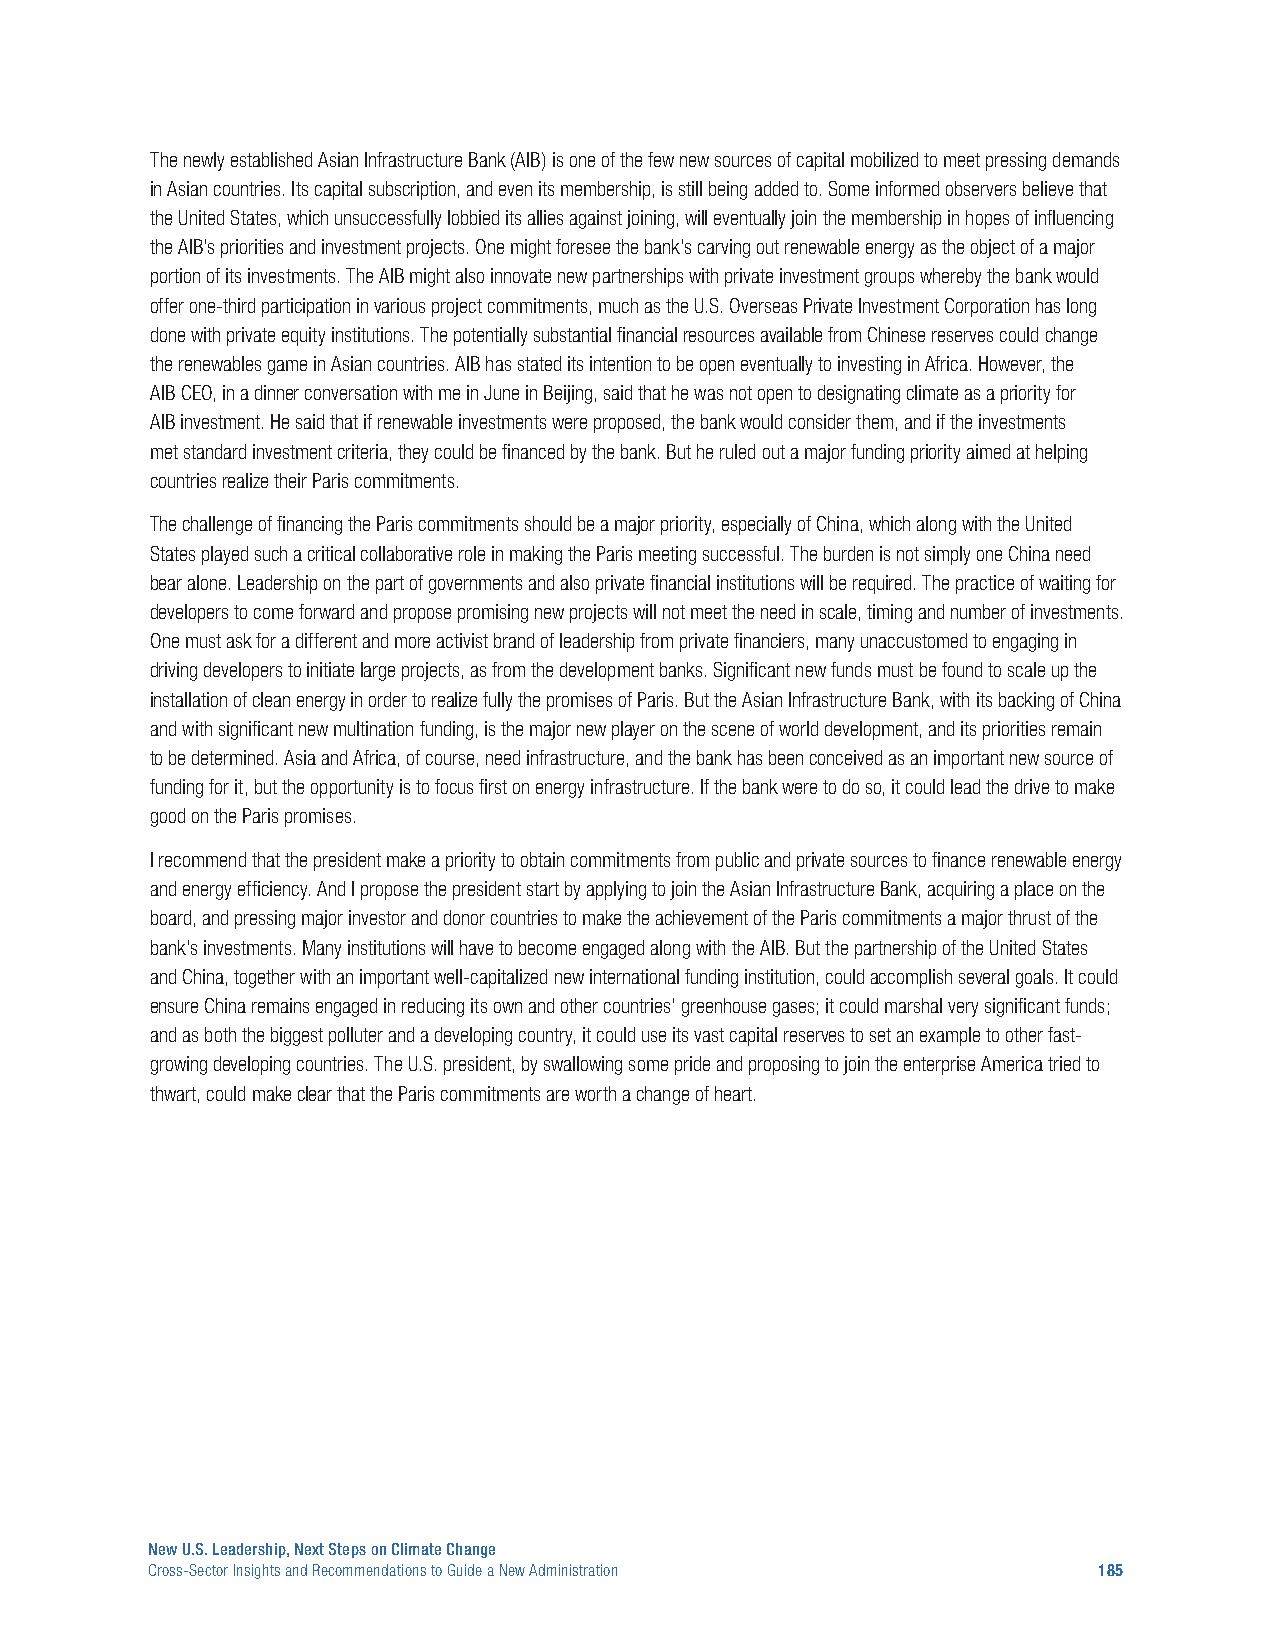
The newly established Asian Infrastructure Bank (AIB) is one of the few new sources of capital mobilized to meet pressing demands
 in Asian countries. Its capital subscription, and even its membership, is still being added to. Some informed observers believe that
 the United States, which unsuccessfully lobbied its allies against joining, will eventually join the membership in hopes of influencing
 the AIB’s priorities and investment projects. One might foresee the bank’s carving out renewable energy as the object of a major
 portion of its investments. The AIB might also innovate new partnerships with private investment groups whereby the bank would
 offer one-third participation in various project commitments, much as the U.S. Overseas Private Investment Corporation has long
 done with private equity institutions. The potentially substantial financial resources available from Chinese reserves could change
 the renewables game in Asian countries. AIB has stated its intention to be open eventually to investing in Africa. However, the
 AIB CEO, in a dinner conversation with me in June in Beijing, said that he was not open to designating climate as a priority for
 AIB investment. He said that if renewable investments were proposed, the bank would consider them, and if the investments
 met standard investment criteria, they could be financed by the bank. But he ruled out a major funding priority aimed at helping
 countries realize their Paris commitments.
 The challenge of financing the Paris commitments should be a major priority, especially of China, which along with the United
 States played such a critical collaborative role in making the Paris meeting successful. The burden is not simply one China need
 bear alone. Leadership on the part of governments and also private financial institutions will be required. The practice of waiting for
 developers to come forward and propose promising new projects will not meet the need in scale, timing and number of investments.
 One must ask for a different and more activist brand of leadership from private financiers, many unaccustomed to engaging in
 driving developers to initiate large projects, as from the development banks. Significant new funds must be found to scale up the
 installation of clean energy in order to realize fully the promises of Paris. But the Asian Infrastructure Bank, with its backing of China
 and with significant new multination funding, is the major new player on the scene of world development, and its priorities remain
 to be determined. Asia and Africa, of course, need infrastructure, and the bank has been conceived as an important new source of
 funding for it, but the opportunity is to focus first on energy infrastructure. If the bank were to do so, it could lead the drive to make
 good on the Paris promises.
 I recommend that the president make a priority to obtain commitments from public and private sources to finance renewable energy
 and energy efficiency. And I propose the president start by applying to join the Asian Infrastructure Bank, acquiring a place on the
 board, and pressing major investor and donor countries to make the achievement of the Paris commitments a major thrust of the
 bank’s investments. Many institutions will have to become engaged along with the AIB. But the partnership of the United States
 and China, together with an important well-capitalized new international funding institution, could accomplish several goals. It could
 ensure China remains engaged in reducing its own and other countries’ greenhouse gases; it could marshal very significant funds;
 and as both the biggest polluter and a developing country, it could use its vast capital reserves to set an example to other fast-
 growing developing countries. The U.S. president, by swallowing some pride and proposing to join the enterprise America tried to
 thwart, could make clear that the Paris commitments are worth a change of heart.
 New U.S. Leadership, Next Steps on Climate Change
 Cross-Sector Insights and Recommendations to Guide a New Administration 185